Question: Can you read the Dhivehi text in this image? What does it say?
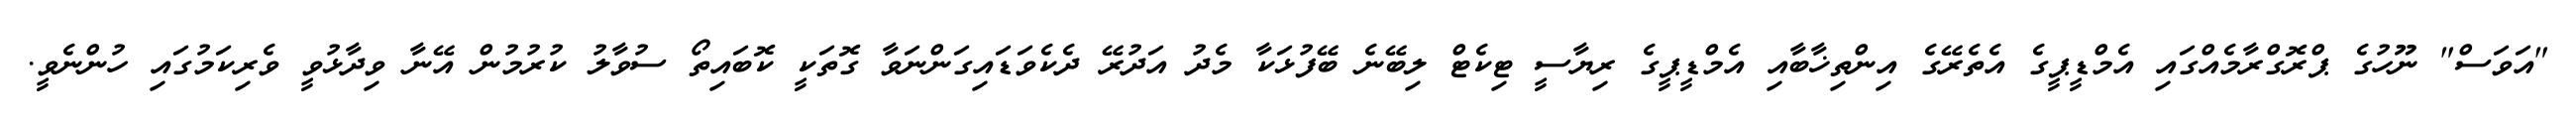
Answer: "އަވަސް" ނޫހުގެ ޕްރޮގްރާމެއްގައި އެމްޑީޕީގެ އެތެރޭގެ އިންތިޚާބާއި އެމްޑީޕީގެ ރިޔާސީ ޓިކެޓް ލިބޭނެ ބޭފުޅަކާ މެދު އަދުރޭ ދެކެވަޑައިގަންނަވާ ގޮތަކީ ކޮބައިތޯ ސުވާލު ކުރުމުން އޭނާ ވިދާޅުވީ ވެރިކަމުގައި ހުންނެވީ.